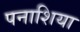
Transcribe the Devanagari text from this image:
पनाशिया